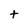
Character: t